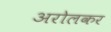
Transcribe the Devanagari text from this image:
अरोलकर